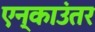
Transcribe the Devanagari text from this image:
एन्काउंतर